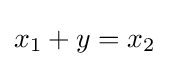
x_{1}+y=x_{2}